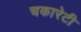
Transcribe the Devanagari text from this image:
चकारेटी